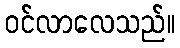
ဝင်လာလေသည်။